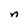
Character: n